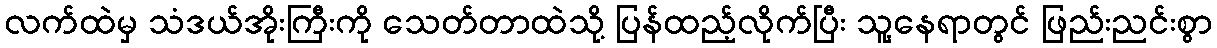
လက်ထဲမှ သံဒယ်အိုးကြီးကို သေတ်တာထဲသို့ ပြန်ထည့်လိုက်ပြီး သူ့နေရာတွင် ဖြည်းညင်းစွာ